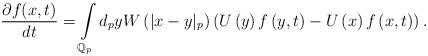
LaTeX: \begin{align*}\frac{\partial f(x,t)}{dt}=\intop_{\mathbb{Q}_{p}}d_{p}yW\left(|x-y|_{p}\right)\left(U\left(y\right)f\left(y,t\right)-U\left(x\right)f\left(x,t\right)\right).\end{align*}